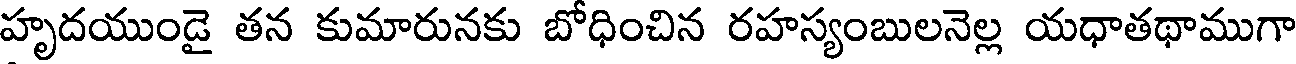
హృదయుండై తన కుమారునకు బోధించిన రహస్యంబులనెల్ల యధాతథాముగా